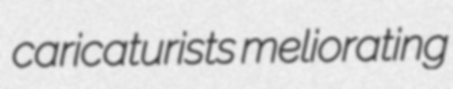
caricaturists meliorating